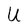
Character: U